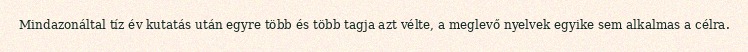
Mindazonáltal tíz év kutatás után egyre több és több tagja azt vélte, a meglevő nyelvek egyike sem alkalmas a célra.